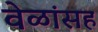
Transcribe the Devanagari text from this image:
वेळांसह